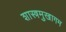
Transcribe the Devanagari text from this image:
शास्त्रमुखागम